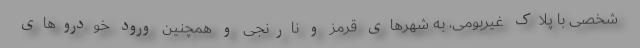
شخصی با پلاک غیربومی، به شهر‌های قرمز و نارنجی و همچنین ورود خودرو‌های